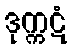
ဒုက္ကဋံ